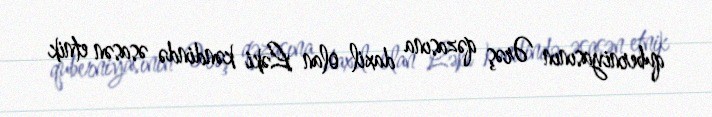
quberniyasının Ərəş qəzasına daxil olan Ləki kəndində əsasən etnik